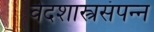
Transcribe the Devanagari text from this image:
वेदशास्त्रसंपन्‍न